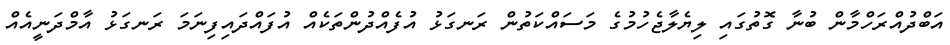
އަބްދުއްރަހްމާން ބުނާ ގޮތުގައި ލިޔެލާޖެހުމުގެ މަސައްކަތުން ރަނގަޅު އުފެއްދުންތަކެއް އުފައްދައިފިނަމަ ރަނގަޅު އާމްދަނީއެއް